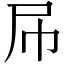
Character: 𡰯